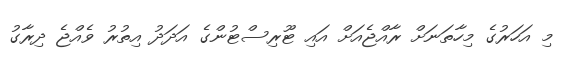
މި އަހަރުގެ މިހާތަނަށް ރާއްޖެއަށް އައި ޓޫރިސްޓުންގެ އަދަދު އިތުރު ވެއްޖެ ދިރާގު